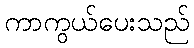
ကာကွယ်ပေးသည်